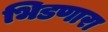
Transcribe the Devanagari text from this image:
भिडणारा